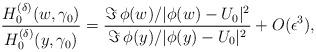
LaTeX: \begin{align*}\frac{H_0^{(\delta )}(w, \gamma_0)}{H_0^{(\delta )}(y, \gamma _0)}=\frac{\Im\, \phi (w) / |\phi (w)-U_0|^2}{\Im\, \phi (y) / |\phi (y)-U_0|^2} +O(\epsilon ^3),\end{align*}